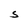
Character: S